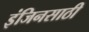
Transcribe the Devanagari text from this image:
इंजिनसाठी